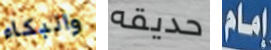
والبكاء حديقه إمام